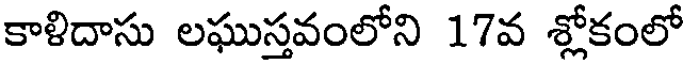
కాళిదాసు లఘుస్తవంలోని 17వ శ్లోకంలో